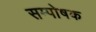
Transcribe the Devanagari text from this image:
सम्पोषक